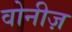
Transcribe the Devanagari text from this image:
वोनीज़